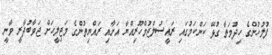
ފުލުހުންގެ ހިދުމަތާ ގުޅޭ ކަންކަމުގައި ރައީސުލްޖުމްހޫރިއްޔާ އަށާއި ރައްޔިތުންގެ މަޖިލީހަށް ޖަވާބުދާރީ ވާނީ